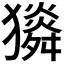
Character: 𤢯